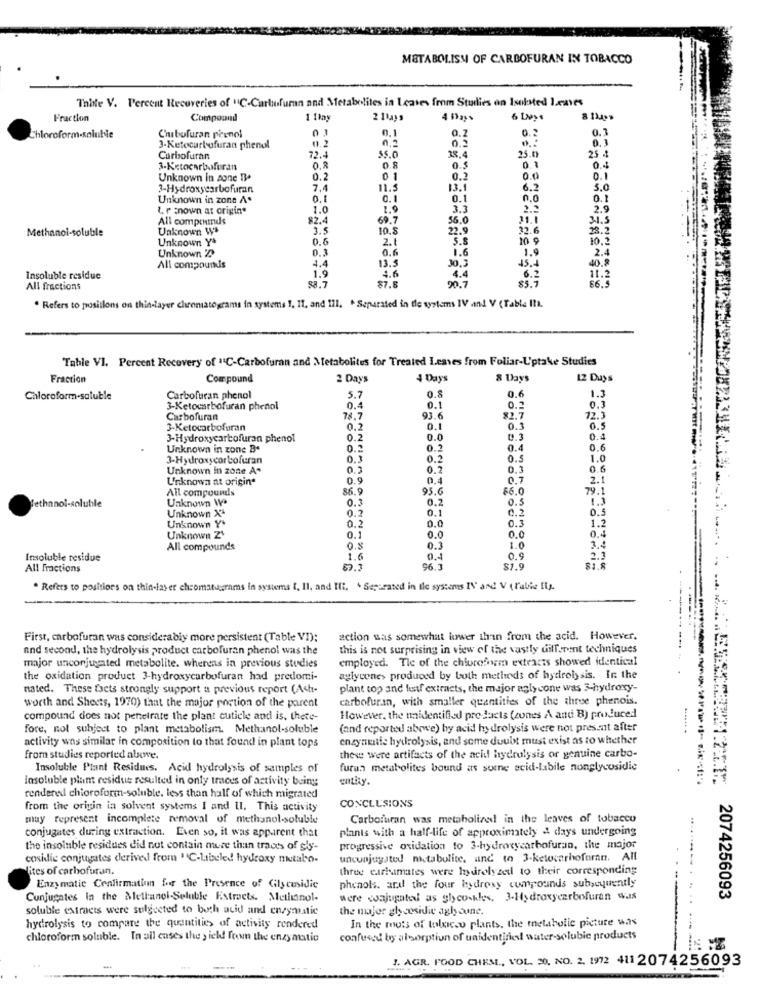
METABOLISM OF CARBOFURAN IN TOBACCO
Thiste V. Percent Recoveries of "C-Carbofuran and Metabolites in Leaves from Studies on Isolated Leaves
Fraction
Compound
1 1hay
2 11ays
01
0.1
Chloroform-soluble
Chubofuran pienol
0.1
0.5
0.2
0,1
3-Ketocarbofuran phenol
25.0
25 4
Carbofuran
72.4
38.4
3-Ketocarbofuran
0.8
0.5
0.1
Unknown in sone Be
0.2
01
0.2
0.0
0.1
3-Hydroxycarbofuran
7.4
11.5
13.1
6.2
5.0
Unknown in zone A.
0.E
0.1
0.1
0.0
0.
t. r :nown at origin"
1.0
1.9
3.3
2.9
All compounds
82.4
69.7
55.0
31.1
3.1.5
Methanol-soluble
Unknown W
3.5
10.8
22.9
32.6
22.2
Unknown Y*
0.6
2.1
5.8
10 9
10.2
Unknown 'D
0.6
1.6
1.9
2.4
0.3
4.4
13.5
45.4
40.8
All compounds
Insoluble residue
1.9
4.6
4.4
$5.7
6.2
11.2
66.3
All fractions
88.7
$7.8
90.7
. Refers to posillons on thin layer chroniatograms in systems . IT, and 111. . Separated in tle systems IV and V (Tabla Il.
Tahle VI. Percent Recovery of "'C-Carbofuran and Metabolites for Treated Leaves from Foliar-L'ptake Studies
Fraction
Compound
2 Days
4 Days
8 Days
12 Days
0.6
Chloroform-soluble
Carbofuran phenol
5.7
0.8
1.3
3-Ketocarbofuran phenol
0.4
0.1
0.2
0.3
Carbofuran
78.7
93.6
12.3
3-Ketocarbofuran
0.2
0.1
0.1
3-Hydroxycarbofuran phenol
0.2
0.0
0.3
Unknown in zone B.
0.2
0.4
0.6
3-Hydroxycarbofuran
0.3
0.2
0.5
1.0
Unknown in zone A.
0.3
0.2
0.3
0.6
Unknown at origine
0.9
0.7
2.1
All compounds
86.9
95.6
$6.0
79.
Unknown W
0.5
1.3
ethanol-soluble
Unknown X4
0.3
0.2
0.2
0.1
02
0.5
Unknown Y+
0.2
1.0
0.3
1.2
0.0
0.0
Unknown Z'
0.1
All compounds
0.8
0.3
1.0
3.4
Insoluble residue
1.6
0.4
0.9
2.3
All Fractions
69.3
96.3
81.9
81.8
. Refers to positions on thin-laser chromatagrams in systems [. Il. and Ifi, + Seperated in ile systems IN' and V (Falie fig.
First, carbofuran was considerably more persistent (Table VI):
action was somewhat lower than from the acid. However,
and second, the hydrolysis product carbofuran phenol was the
this is not surprising in view of the vastly different techniques
employed. Tie of the chloroform extracts showed identical
major unconjugated metabolite. whereas in previous studies
the oxidation product 3-hydroxycarbofuran had predomi-
aglycone> produced by both methods of hydrolysis. In the
nated. These facts strongly support a previous report (Ash-
plant top and leaf extracts, the major aglycone was 3-hydroxy-
worth and Sheets, 1970) that the major portion of the parent
carbofuran, with smaller quantities of the thrve phenois.
compound does not penetrate the plant cuticle and is, there-
However, the unidentified pre facts (zones A and B) produced
fore, not subject to plant metabolism. Methanol-soluble
(and reported above) by acid hydrolysis were not present after
enzynefe hydrolysis, and some doubt must exist as to whether
activity was similar in composition to that found in plant tops
from studies reported above.
theve were artifacts of the acid hydrolysis or genuine carbo-
Insoluble Ptant Residues. Acid hydrolysis of samples of
furan metabolites bound as some acid-Lubile nonglycosidie
insoluble plam residue resulted in only traces of activity being
entity.
rendered chioroform-soluble. less than half of which migrated
CONCLUSIONS
from the origin in solvent systems I and II. This activity
may represent incomplete nemoval of methanol-soluble
Carbofuran was metabolized in the leaves of tobacco
conjugates during extraction. Even so, it was apparent that
plants with a half-life of approximately & days undergoing
the insoluble residues did not contain more than traces of gly-
progressive oxidation to 3-hydroxycarbofuran, the major
cosidie conjugates derived from "C-Libeled hydroxy metabo-
unconjugated metabolite, and to 3-ketoserhoforn. All
Mites of carbofuran.
three earkamates were hydrolyzed to their corresponding
phenols. aral the four hydroxy compounds subsequently
Enzymatic Confirmation for the Presence of Gilycesidic
Conjugates in the Mellanol-Soluble Extracts. Methanol-
were wajugated as glyco-kles. 3-Hydroxycarbofuran was
2074256093
soluble extracts were sulgeeted to both acid and enzymatic
the major glycosidie agh sune.
In the mots of tolucco plants, the metabolic picture was
hydrolysis to compare the quantities of activity rendered
chloroform soluble. In all cases the y ield fon the enzymatic
confused by al sorption of unidentified water soluble products
1. AGR. FOOD CHEM ., VOL. 30, NO. 2. 1972 411 2074256093